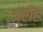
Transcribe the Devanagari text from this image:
प्रीह